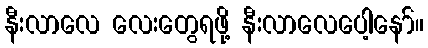
နီးလာလေ လေးတွေရဖို့ နီးလာလေပေါ့နော်။